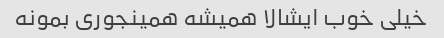
خیلی خوب ایشالا همیشه همینجوری بمونه